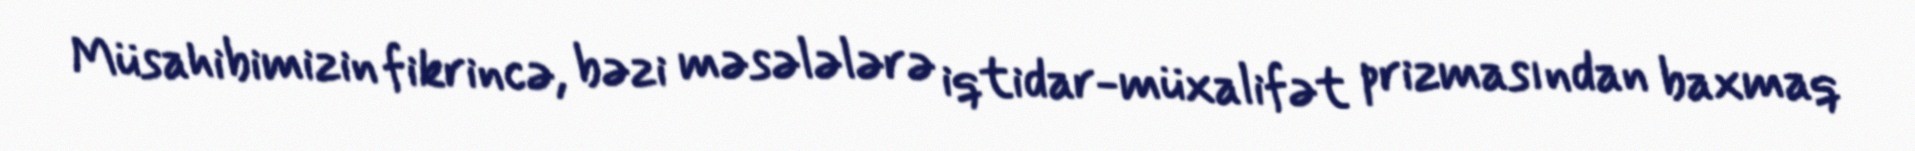
Müsahibimizin fikrincə, bəzi məsələlərə iqtidar-müxalifət prizmasından baxmaq